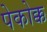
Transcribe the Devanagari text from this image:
पेकोक्क